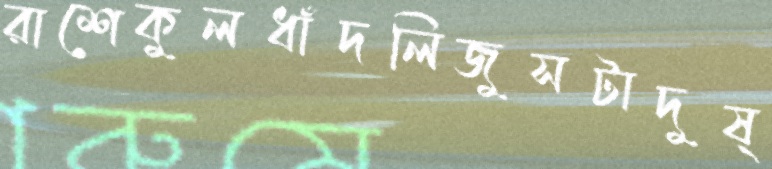
রাশেকুলধাঁদলিজুসটাদুষ্